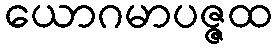
ယောဂမာပဇ္ဇထ